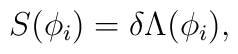
S(\phi_i)=\delta\Lambda(\phi_i),